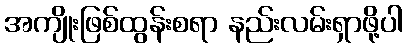
အကျိုးဖြစ်ထွန်းစရာ နည်းလမ်းရှာဖို့ပါ